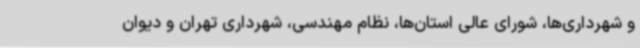
و شهرداری‌ها، شورای عالی استان‌ها، نظام مهندسی، شهرداری تهران و دیوان